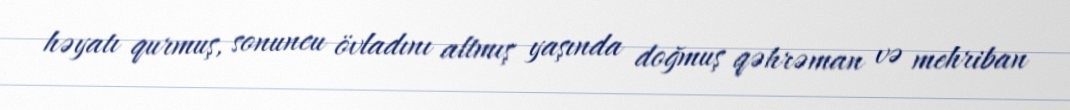
həyatı qurmuş, sonuncu övladını altmış yaşında doğmuş qəhrəman və mehriban